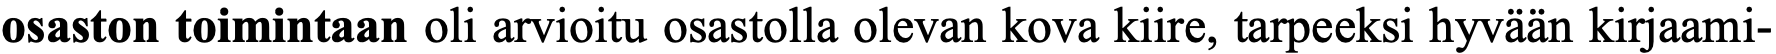
osaston toimintaan oli arvioitu osastolla olevan kova kiire, tarpeeksi hyvään kirjaami-